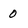
Character: 0